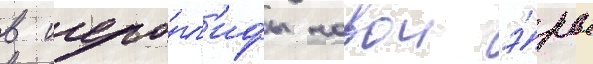
в иеро́гл'ифы новои э́ры